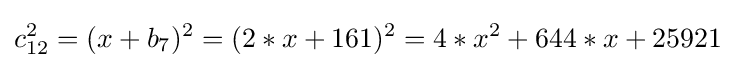
c_{12}^{2}=(x+b_{7})^{2}=(2*x+161)^{2}=4*x^{2}+644*x+25921